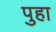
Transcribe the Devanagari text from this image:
पुहा